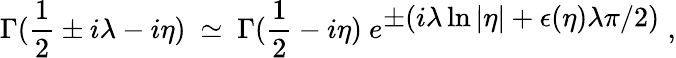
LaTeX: \Gamma(\frac{1}{2}\pm i\lambda-i\eta)\ \simeq\ \Gamma(\frac{1}{2}-i\eta)\ e^{{\displaystyle\pm(i\lambda\ln\vert\eta\vert+\epsilon(\eta)\lambda\pi/2)}}\ ,